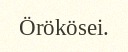
Örökösei.